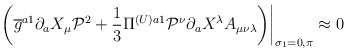
\begin{align*}\left.\left(\overline{g}^{a1}\partial_{a}X_{\mu}\mathcal{P}^{2}+\frac{1}{3}\Pi^{(U)a1}\mathcal{P}^{\nu}\partial_{a}X^{\lambda}A_{\mu\nu\lambda}\right)\right|_{\sigma_{1}=0,\pi}\approx0 \end{align*}